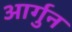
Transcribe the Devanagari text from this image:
आर्गुन